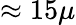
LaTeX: \approx 15\mu